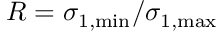
R = \sigma _ { 1 , \mathrm { m i n } } / \sigma _ { 1 , \mathrm { m a x } }